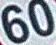
60